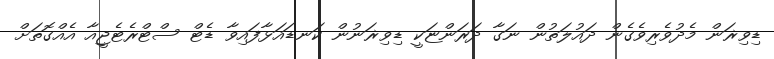
ޑިވިޜަން މެދުވެރިވެގެން ދައުލަތުން ނަގާ ދަރަންޏަކީ ޑިވިޜަނުން ކަނޑައަޅާފައިވާ ޑެޓް ސްޓްރެޓެޖީއާ އެއްގޮތަށް